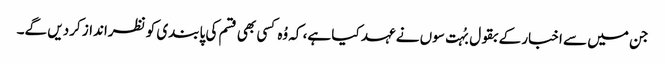
جن میں سے اخبار کے بقول بُہت سوں نے عہد کیا ہے، کہ وُہ کسی بھی قسم کی پابندی کو نظرانداز کردیں گے۔